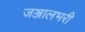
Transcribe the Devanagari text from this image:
जञ्जालभरी